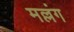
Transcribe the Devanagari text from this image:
मल्लंग